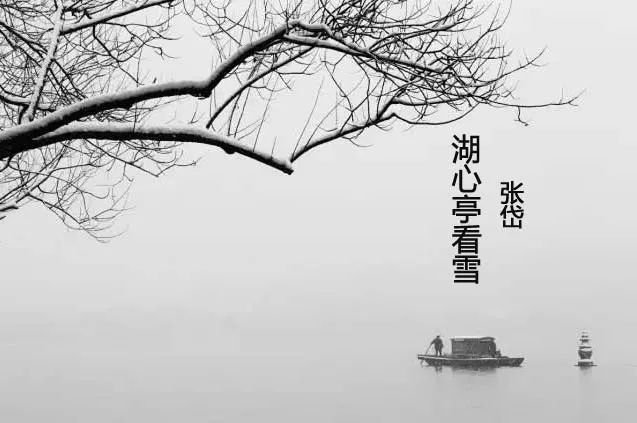
余拏一小舟，拥毳衣炉火，独往湖心亭看雪。